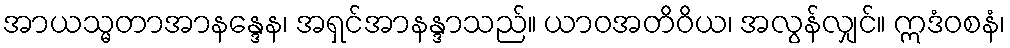
အာယသ္မတာအာနန္ဒေန၊ အရှင်အာနန္ဒာသည်။ ယာဝအတိဝိယ၊ အလွန်လျှင်။ ဣဒံဝစနံ၊